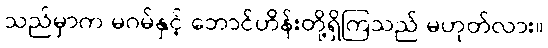
သည်မှာက မဂမ်နှင့် ဘောင်ဟိန်းတို့ရှိကြသည် မဟုတ်လား။